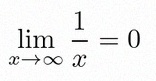
\lim_{x\to\infty}\frac{1}{x}=0